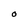
Character: O